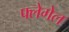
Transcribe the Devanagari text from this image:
फ्लेगेल